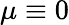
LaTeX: \mu\equiv 0